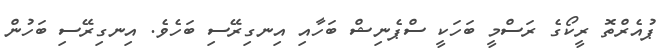
ޕުއެރްތޮ ރީކޯގެ ރަސްމީ ބަހަކީ ސްޕެނިޝް ބަހާއި އިނގިރޭސި ބަހެވެ. އިނގިރޭސި ބަހުން